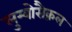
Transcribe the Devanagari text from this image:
लुम्बोसैक्रल